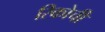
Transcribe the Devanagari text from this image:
रिकोची